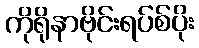
ကိုရိုနာဗိုင်းရပ်စ်ပိုး